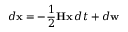
d \mathbf { x } = - \frac { 1 } { 2 } \mathbf { H } \mathbf { x } \, d t + d \mathbf { w }